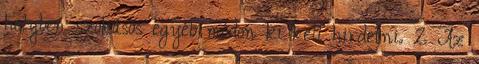
helyben szokásos egyéb módon ki kell hirdetni. 2 Az